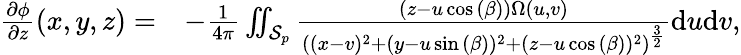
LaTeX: \begin{array}{rl}{\frac{\partial\phi}{\partial z}(x,y,z)=}&{-\frac{1}{4\pi}\iint_{\mathcal{S}_{p}}\frac{(z-u\cos{(\beta)})\Omega(u,v)}{\left((x-v)^{2}+(y-u\sin{(\beta)})^{2}+(z-u\cos{(\beta)})^{2}\right)^{\frac{3}{2}}}\mathrm{d}u\mathrm{d}v,}\end{array}